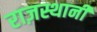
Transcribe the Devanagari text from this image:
राज़स्थानी